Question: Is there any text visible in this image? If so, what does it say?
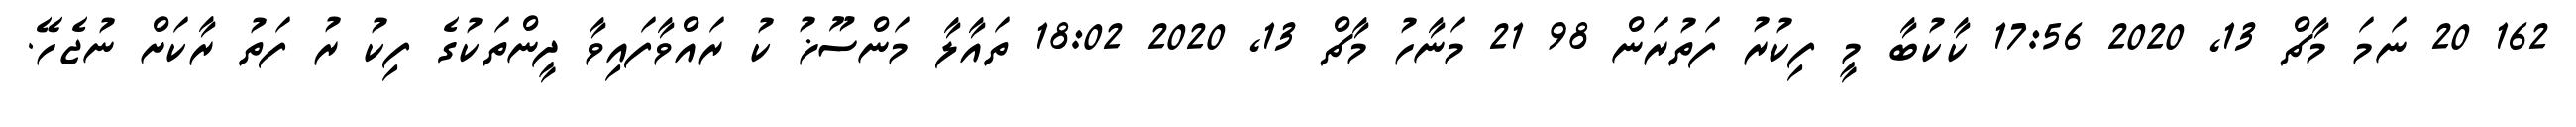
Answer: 162 20 ނަމަ މާޗް 13, 2020 17:56 ކާކުބާ މީ ފިކުރު ފަތުރަން 98 21 މަނާހު މާޗް 13, 2020 18:02 ތައާލާ މަންސޫޚު ކު ރައްވާފައިވާ ދީންތަކުގެ ފިކު ރު ފަތު ރާކަށް ނުޖެހޭ.